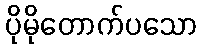
ပိုမိုတောက်ပသော